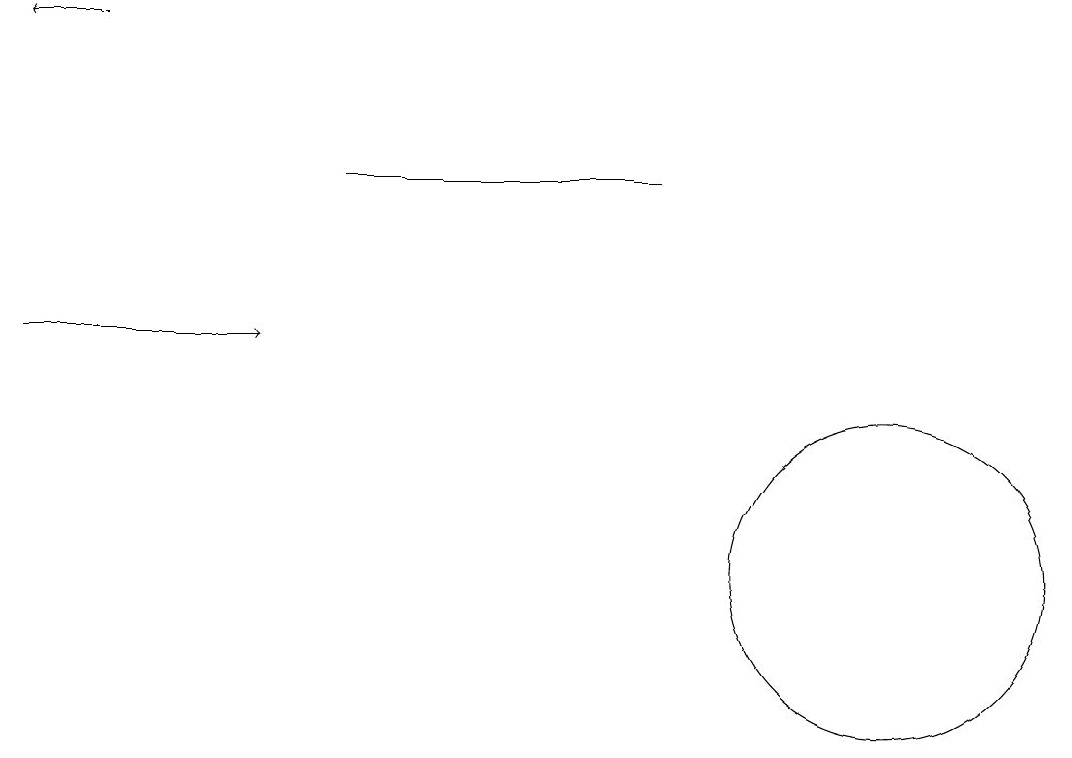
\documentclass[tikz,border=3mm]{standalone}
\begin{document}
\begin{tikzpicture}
\draw (11,11) circle (2);
\draw[->] (0,14) -- (3,14);
\draw (4,16) rectangle (8,16);
\draw[->] (1,18) -- (0,18);
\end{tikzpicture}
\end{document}